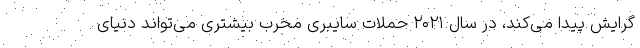
گرایش پیدا می‌کند، در سال ۲۰۲۱ حملات سایبری مخرب بیشتری می‌تواند دنیای